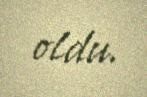
oldu.